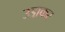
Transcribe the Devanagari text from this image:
उडा़कर